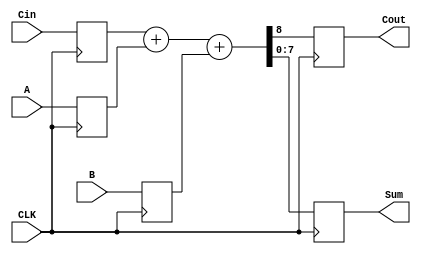
module Adder(
    input CLK, Cin,
    input [7:0] A, B,
    output reg Cout,
    output reg [7:0] Sum
);
    // Regestered inputs.
    reg Cin_reg;
    reg [7:0] A_reg, B_reg;
    always @(posedge CLK) begin
        // Regestering the inputs.
        Cin_reg <= Cin;
        A_reg <= A;
        B_reg <= B;
        // Performing Addition and registering the outputs.
        {Cout, Sum} <= Cin_reg + A_reg + B_reg;
    end
endmodule